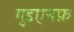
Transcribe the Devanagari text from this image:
गुडएनफ़